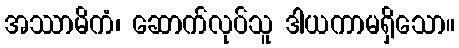
အဿာမိကံ၊ ဆောက်လုပ်သူ ဒါယကာမရှိသော။